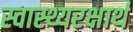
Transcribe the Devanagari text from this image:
स्वास्थ्यरक्षार्थ